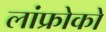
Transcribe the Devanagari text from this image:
लांफ्रोको